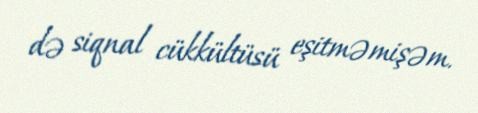
də siqnal cükkültüsü eşitməmişəm.